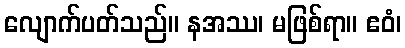
လျောက်ပတ်သည်။ နအဿ၊ မဖြစ်ရာ။ ဧဝံ၊